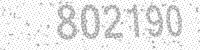
Solution: 802190